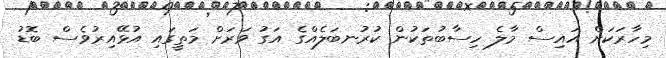
މިހާރަކަށް އައިސް މާލެ ހިސާބުތަކުން ކުރުނބަލެއްގެ އަގު ވަރަށް މަތީގައި އުޅޭއިރުވެސް ބޮޑު